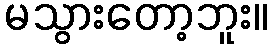
မသွားတော့ဘူး။